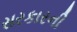
સરકારની